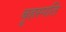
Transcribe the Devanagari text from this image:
बॄहस्पति